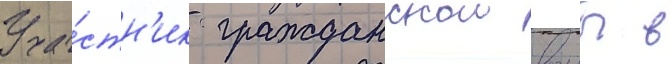
Уча́стн'ик гражданскои воины в